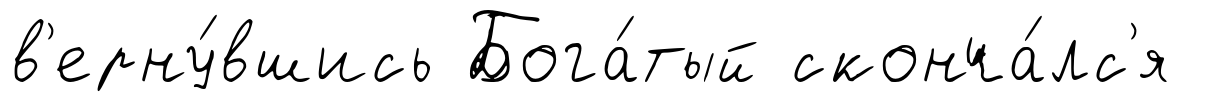
в'ерну́вшись Бога́тый сконча́лс'я